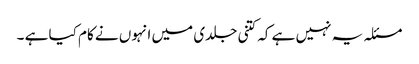
مسئلہ یہ نہیں ہے کہ کتنی جلدی میں انہوں نے کام کیا ہے ۔